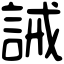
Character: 誡